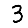
Digit: 3